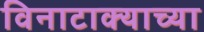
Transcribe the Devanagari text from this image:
विनाटाक्‍याच्या